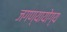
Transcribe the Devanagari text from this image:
जगण्यायोग्य